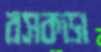
রসকড়া